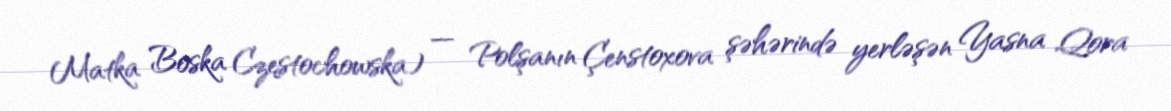
Matka Boska Częstochowska) — Polşanın Çenstoxova şəhərində yerləşən Yasna Qora